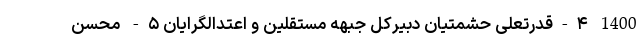
1400 ۴-قدرتعلی حشمتیان دبیرکل جبهه مستقلین و اعتدالگرایان ۵- محسن